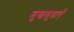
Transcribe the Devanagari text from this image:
मुखमुद्राएँ